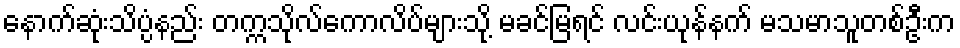
နောက်ဆုံးသိပ္ပံနည်း တက္ကသိုလ်ကောလိပ်များသို့ မခင်မြရင် လင်းယုန်နက် မသမာသူတစ်ဦးက